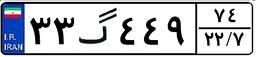
۳۳گ۴۴۹۷۴